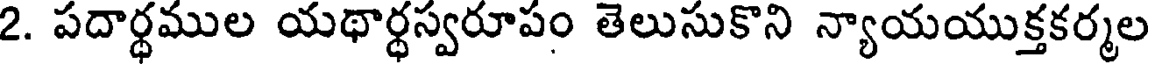
2. పదార్థముల యథార్థస్వరూపం తెలుసుకొని న్యాయయుక్తకర్మల